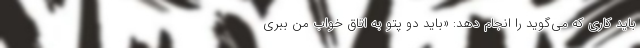
باید کاری که می‌گوید را انجام دهد: «باید دو پتو به اتاق خواب من ببری